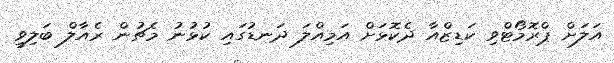
އަލަށް ޕްރޮމޯޓްވި ކަޑިޒްއާ ދެކޮޅަށް އަމިއްލަ ދަނޑުގައި ކުޅުނު މެޗުން ރެއާލް ބަލިވީ